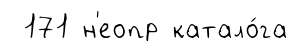
171 н'еопр катало́га